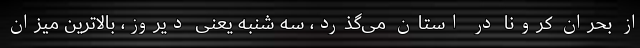
از بحران کرونا در استان می‌گذرد، سه شنبه یعنی دیروز، بالاترین میزان